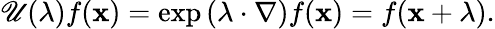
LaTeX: \mathscr{U}(\mathbf{{\lambda}})f(\mathbf{{x}})=\exp\left(\mathbf{{\lambda}}\cdot\nabla\right)f(\mathbf{{x}})=f(\mathbf{{x}}+\mathbf{{\lambda}}).